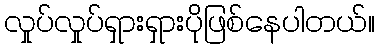
လှုပ်လှုပ်ရှားရှားပိုဖြစ်နေပါတယ်။